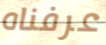
عرفناه